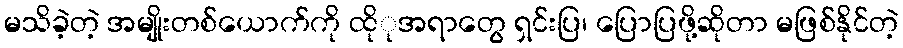
မသိခဲ့တဲ့ အမျိုးတစ်ယောက်ကို ထိုုအရာတွေ ရှင်းပြ၊ ပြောပြဖို့ဆိုတာ မဖြစ်နိုင်တဲ့